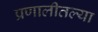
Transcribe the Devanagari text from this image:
प्रणालीतल्या